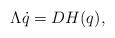
LaTeX: \begin{align*}\Lambda \dot q = DH(q),\end{align*}